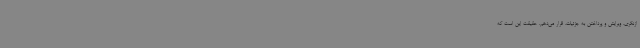
ازنگری، ویرایش و پرداختن به جزئیات، قرار می‌دهم. حقیقت این است که